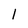
Character: 1